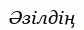
Әзілдің